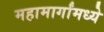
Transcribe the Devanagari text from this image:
महामार्गांमध्ये